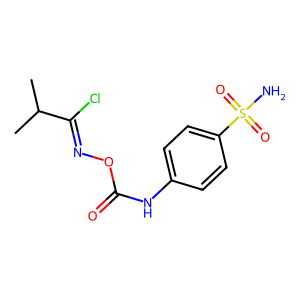
SMILES: CC(C)C(Cl)=NOC(=O)Nc1ccc(S(N)(=O)=O)cc1
Inhibits HIV replication: No